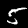
Digit: 5